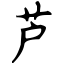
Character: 芦